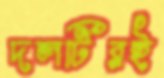
দলটিরই